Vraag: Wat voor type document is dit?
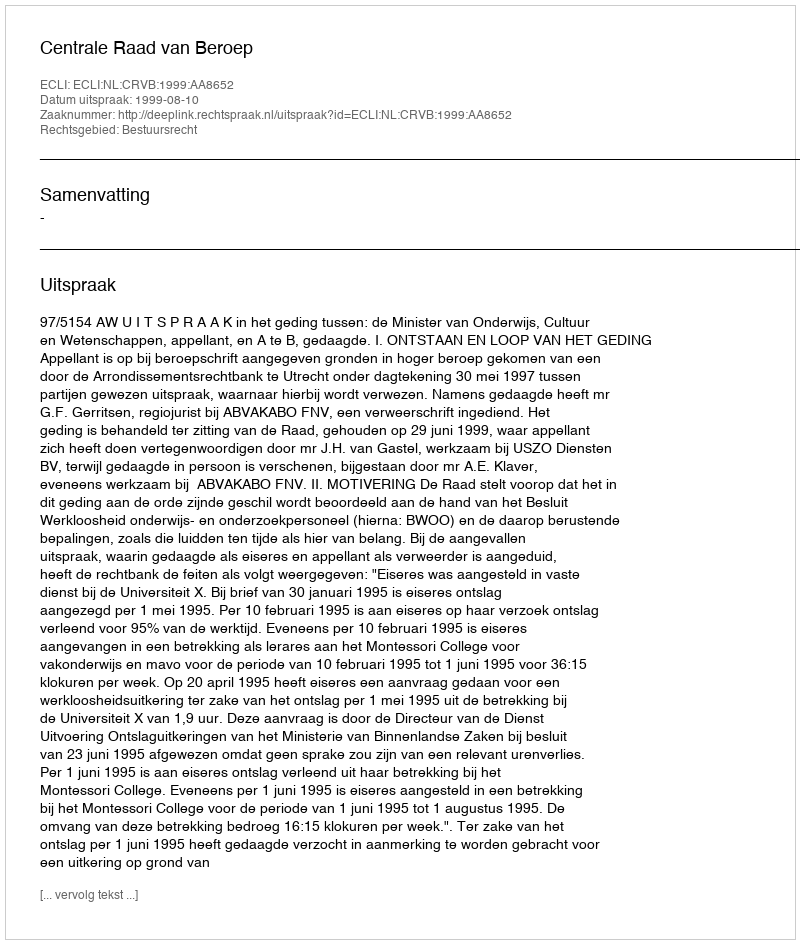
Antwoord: Uitspraak